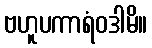
ဗဟူပကာရံဝဒါမိ။